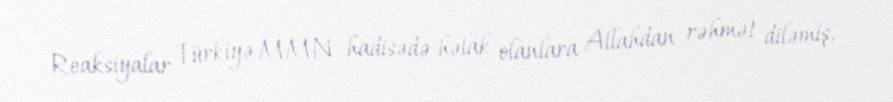
Reaksiyalar Türkiyə MMN hadisədə həlak olanlara Allahdan rəhmət diləmiş,